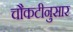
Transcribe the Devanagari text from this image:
चौकटीनुसार